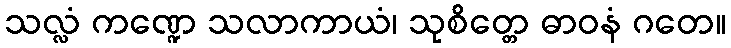
သလ္လံ ကဏ္ဍေ သလာကာယံ၊ သုစိတ္တေ ဓာဝနံ ဂတေ။